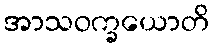
အာသဝက္ခယောတိ